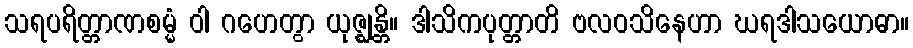
သရပရိတ္တာဏစမ္မံ ဝါ ဂဟေတွာ ယုဇ္ဈန္တိ။ ဒါသိကပုတ္တာတိ ဗလဝသိနေဟာ ဃရဒါသယောဓာ။